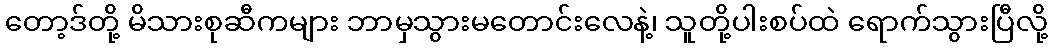
တော့ဒ်တို့ မိသားစုဆီကများ ဘာမှသွားမတောင်းလေနဲ့၊ သူတို့ပါးစပ်ထဲ ရောက်သွားပြီလို့